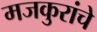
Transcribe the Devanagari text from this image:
मजकुरांचे